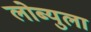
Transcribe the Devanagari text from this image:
लोब्युला